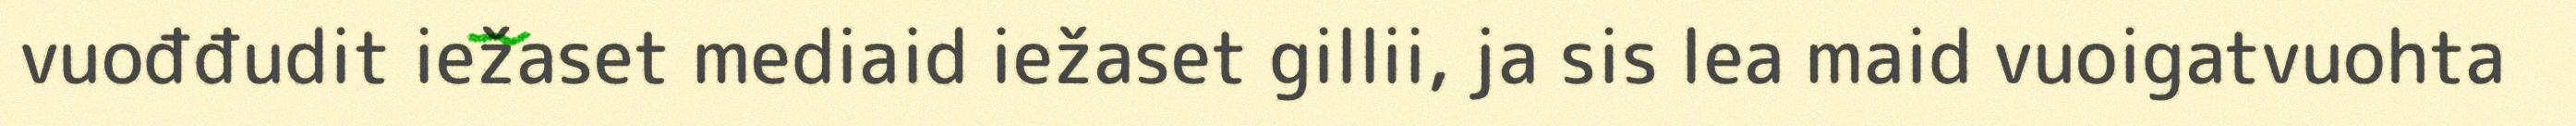
vuođđudit iežaset mediaid iežaset gillii, ja sis lea maid vuoigatvuohta